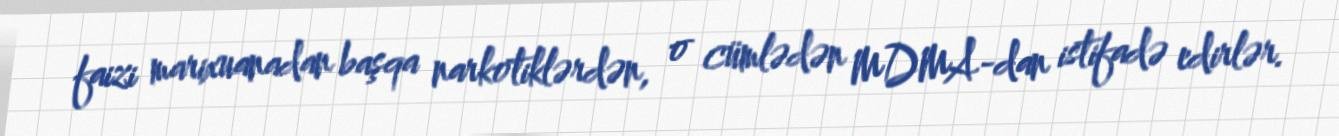
faizi marixuanadan başqa narkotiklərdən, o cümlədən MDMA-dan istifadə edirlər.